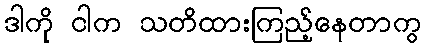
ဒါကို ငါက သတိထားကြည့်နေတာကွ